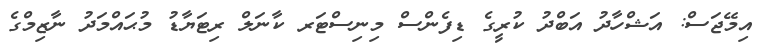
އިމޭޖަސް: އަޝްހާދު އަބްދު ކުރީގެ ޑިފެންސް މިނިސްޓަރ ކާނަލް ރިޓަޔާޑު މުޙައްމަދު ނާޒިމްގެ